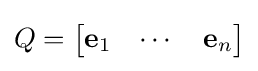
Q={\begin{bmatrix}\mathbf {e} _{1}&\cdots &\mathbf {e} _{n}\end{bmatrix}}